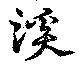
溪